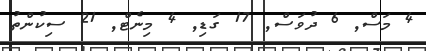
4 މަސް